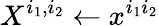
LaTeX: X^{i_{1},i_{2}}\gets x^{i_{1}i_{2}}